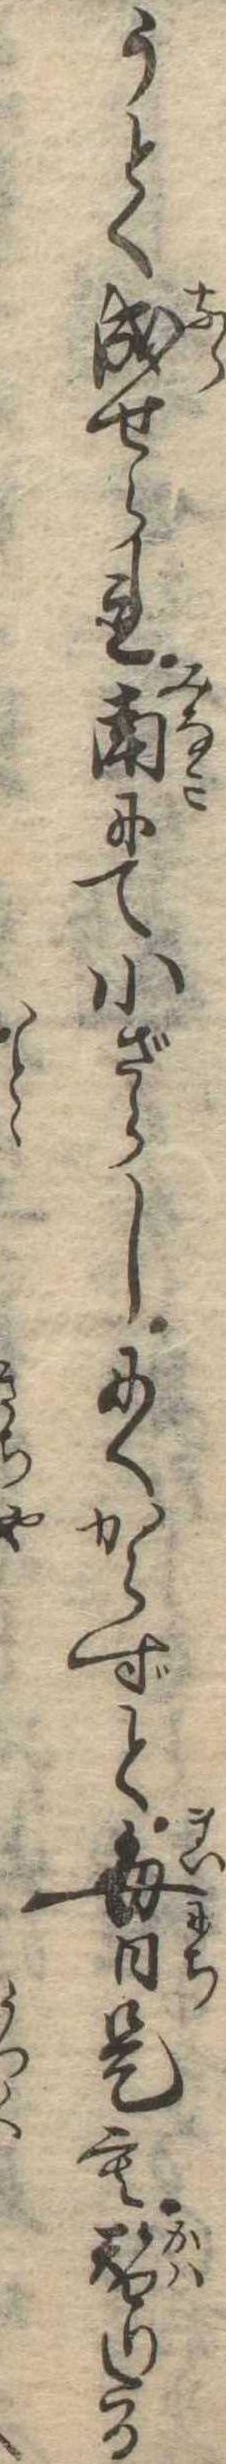
うとく成せられ南にて小ざらしにくからずと毎日是も替りたる